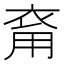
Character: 𧙚